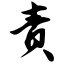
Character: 责